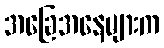
အခြေအနေများက